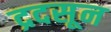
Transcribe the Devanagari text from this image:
द्रदसून